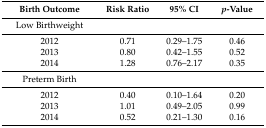
<table><thead><tr><td><b>Birth Outcome</b></td><td><b>Risk Ratio</b></td><td><b>95% CI</b></td><td><b><i>p</i>-Value</b></td></tr></thead><tbody><tr><td>Low Birthweight</td><td></td><td></td><td></td></tr><tr><td>2012</td><td>0.71</td><td>0.29–1.75</td><td>0.46</td></tr><tr><td>2013</td><td>0.80</td><td>0.42–1.55</td><td>0.52</td></tr><tr><td>2014</td><td>1.28</td><td>0.76–2.17</td><td>0.35</td></tr><tr><td>Preterm Birth</td><td></td><td></td><td></td></tr><tr><td>2012</td><td>0.40</td><td>0.10–1.64</td><td>0.20</td></tr><tr><td>2013</td><td>1.01</td><td>0.49–2.05</td><td>0.99</td></tr><tr><td>2014</td><td>0.52</td><td>0.21–1.30</td><td>0.16</td></tr></tbody></table>